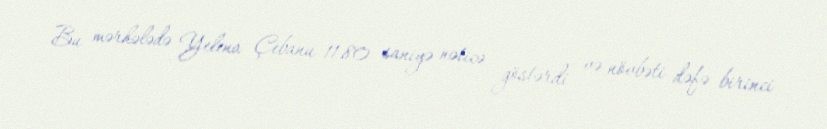
Bu mərhələdə Yelena Çebanu 11.80 saniyə nəticə göstərdi və növbəti dəfə birinci